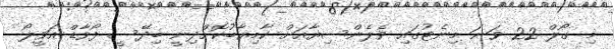
މި ގޯލް 22 ވަނަ މިނެޓުގައި ވެލެންސިޔާއަށް ކާމިޔާބުކޮށްދިނީ ބިދޭސީ ފޯވާޑް އަވީލޯ